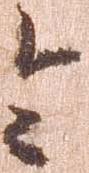
令